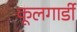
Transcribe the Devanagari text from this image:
कूलगार्डी